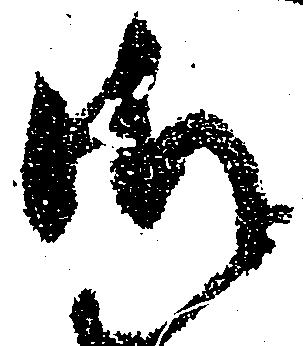
御